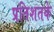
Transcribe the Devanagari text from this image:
प्रतिशतके